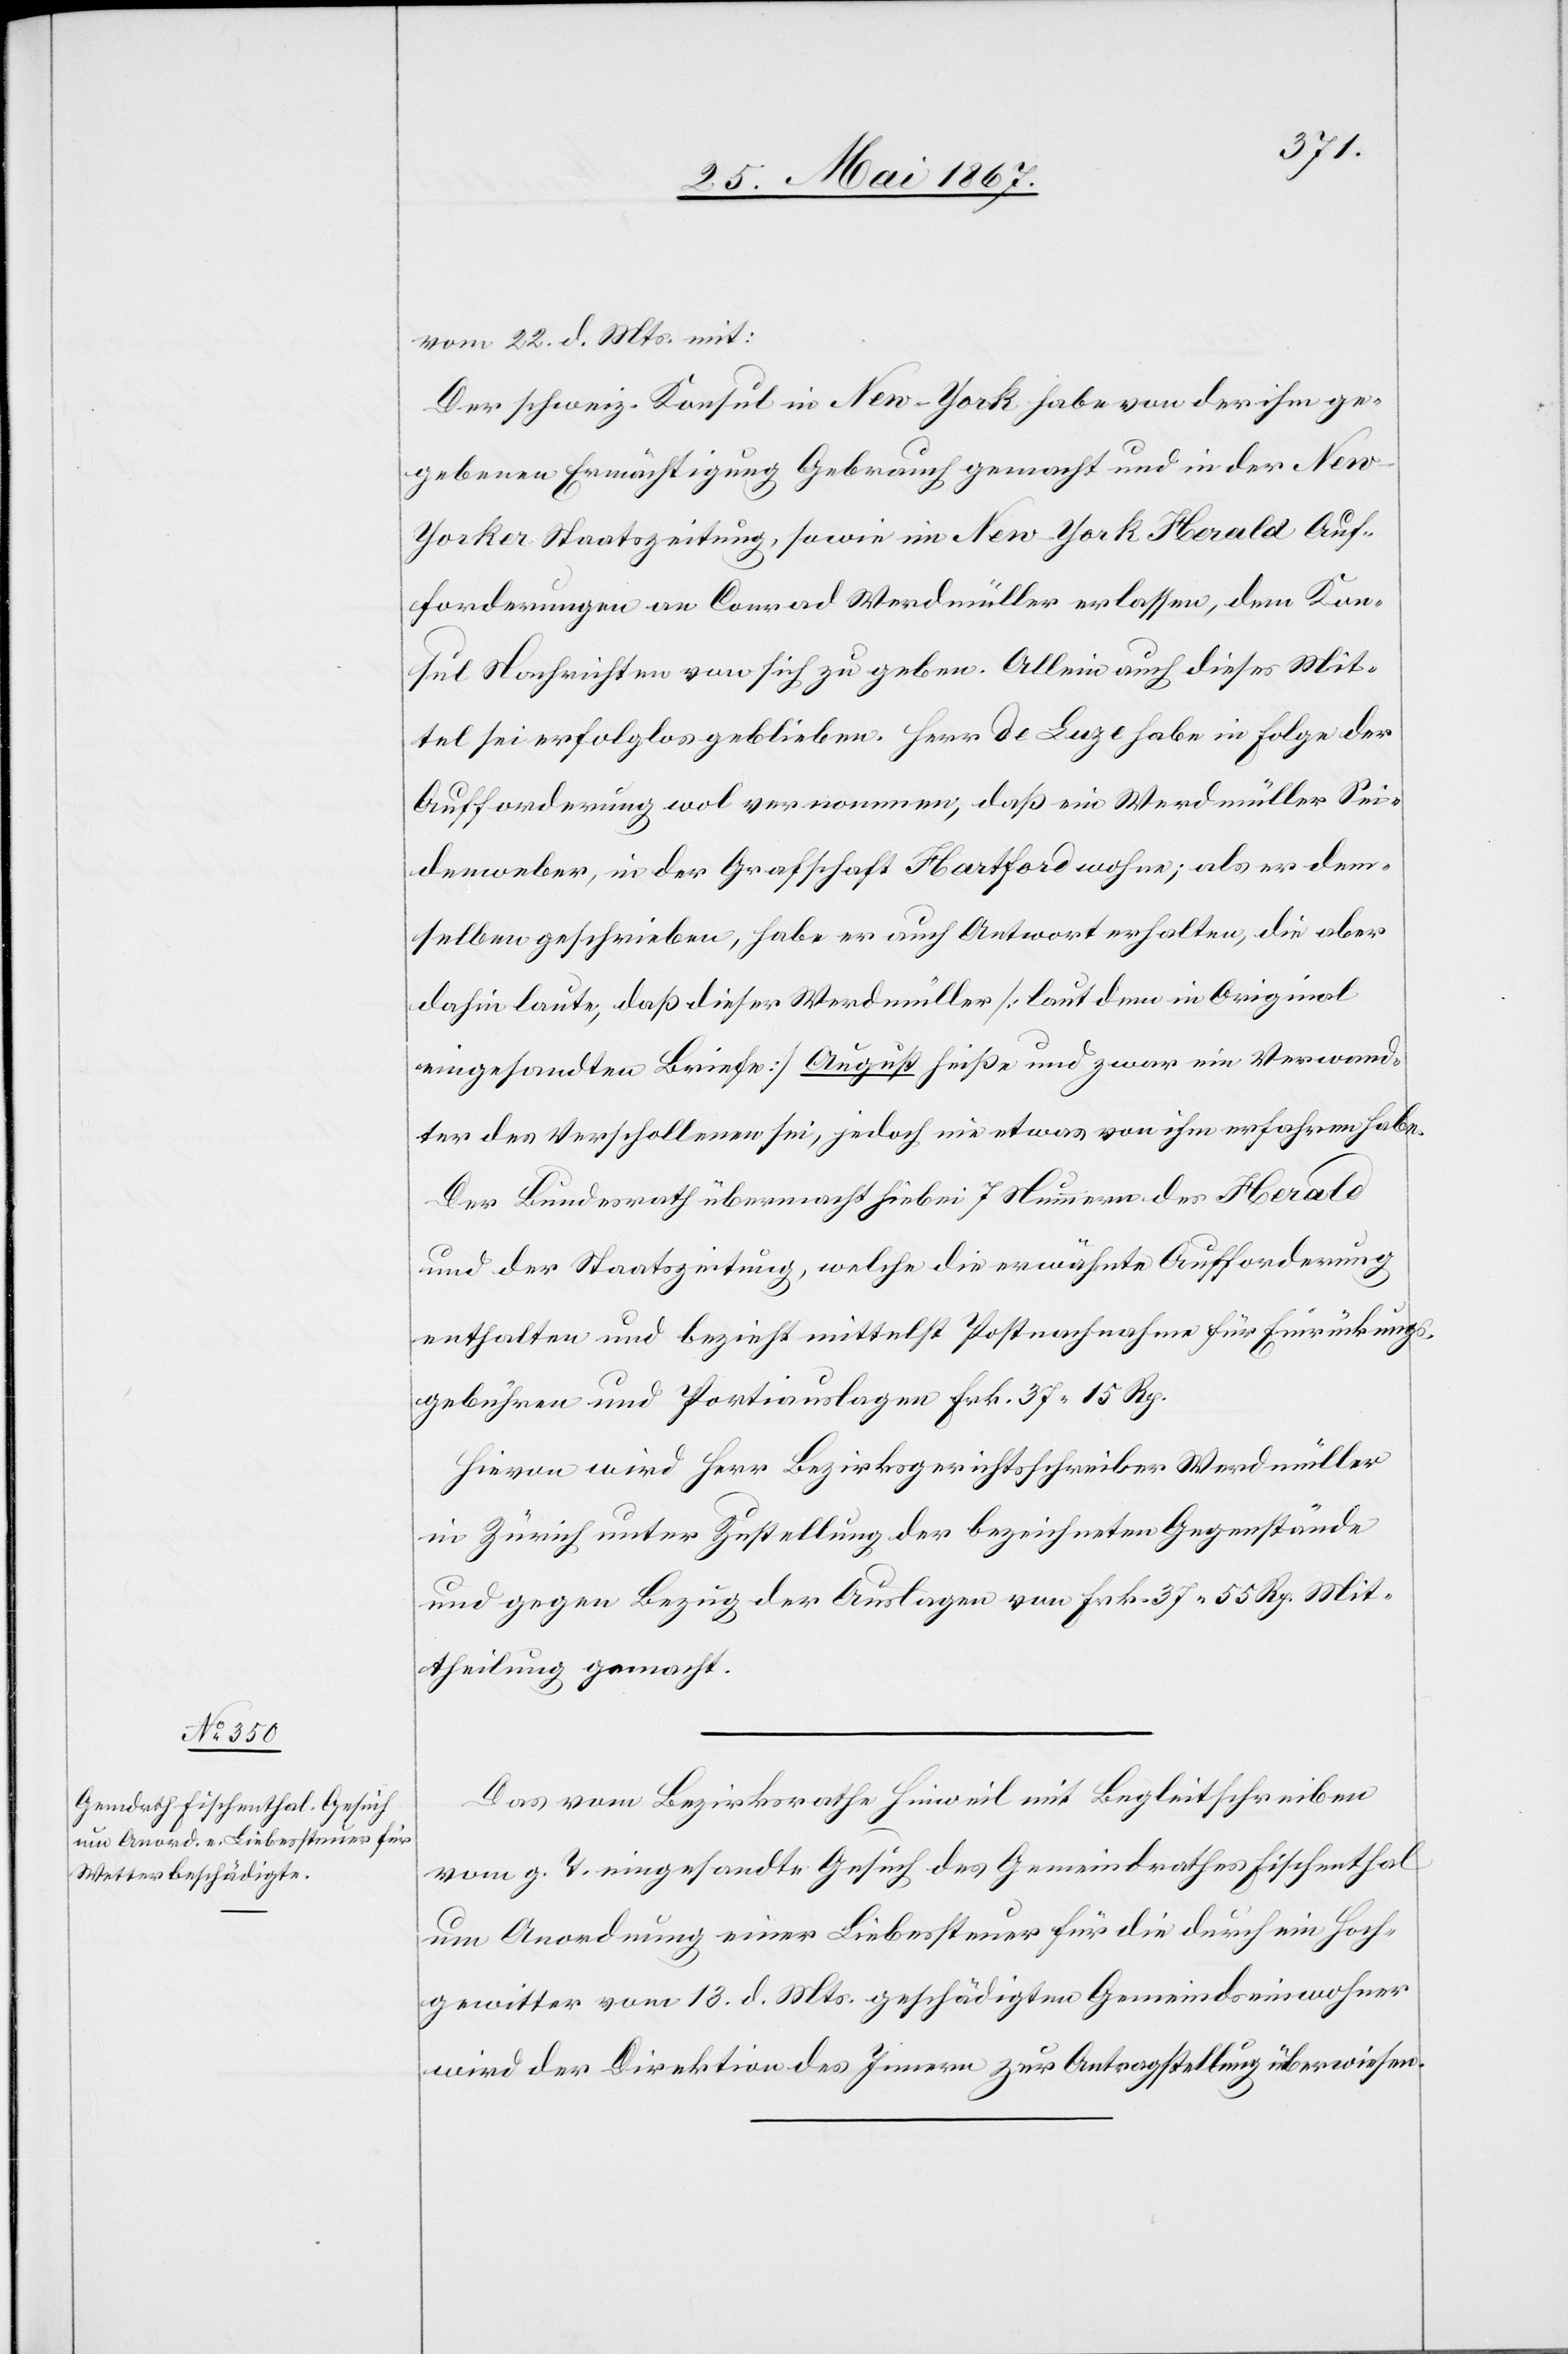
Mit¬
25. Mai 1867.]
vom 22. d. Mts. mit:
Der schweiz. Konsul in New-York habe von der ihm ge¬
gebenen Ermächtigung Gebrauch gemacht und in der Ne¬
w-Yorker Staatszeitung, sowie im New-York Herald Auf¬
forderungen an Conrad Werdmüller erlassen, dem Kon¬
sul Nachrichten von sich zu geben. Allein auch dieses Mit¬
tel sei erfolglos geblieben. Herr de Luze habe in Folge der
Aufforderung wol vernommen, daß ein Werdmüller Sei¬
denweber, in der Grafschaft Hartford wohne; als er dem¬
selben geschrieben, habe er auch Antwort erhalten, die aber
dahin laute, daß dieser Werdmüller [laut dem in Original
eingesandten Briefe] August heiße und zwar ein Verwand¬
ter des Verschollenen sei, jedoch nie etwas von ihm erfahren habe.
Der Bundesrath übermacht hiebei 7 Nummern des Herald
und der Staatszeitung, welche die erwähnte Aufforderung
enthalten und bezieht mittelst Postnachnahme für Einrückungs¬
gebühren und Portiauslagen Frk. 37. 15 Rp.
Hievon wird Herr Bezirksgerichtsschreiber Werdmüller
in Zürich unter Zustellung der bezeichneten Gegenstände
und gegen Bezug der Auslagen von Frk. 37. 55 [recte:
theilung gemacht.
Das vom Bezirksrathe Hinweil mit Begleitschreiben
vom g. T. eingesandte Gesuch des Gemeindrathes Fischenthal
um Anordnung einer Liebessteuer für die durch ein Hoch¬
gewitter vom 13. d. Mts. geschädigten Gemeindseinwohner
wird der Direktion des Innern zur Antragstellung überwiesen.